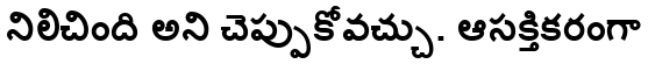
నిలిచింది అని చెప్పుకోవచ్చు. ఆసక్తికరంగా